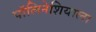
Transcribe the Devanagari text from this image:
पॉलिनेशियाला